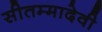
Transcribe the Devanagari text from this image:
सीतम्मादेवी